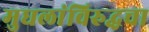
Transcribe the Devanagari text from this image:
मुघलांविरुद्धचा